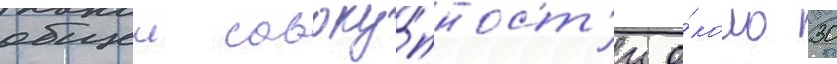
общеи совоку́пност'и о́коло 30